Account of plague administration in the Bombay Presidency from September 1896 till May 1897
Year: 1896
Disease focus: Plague
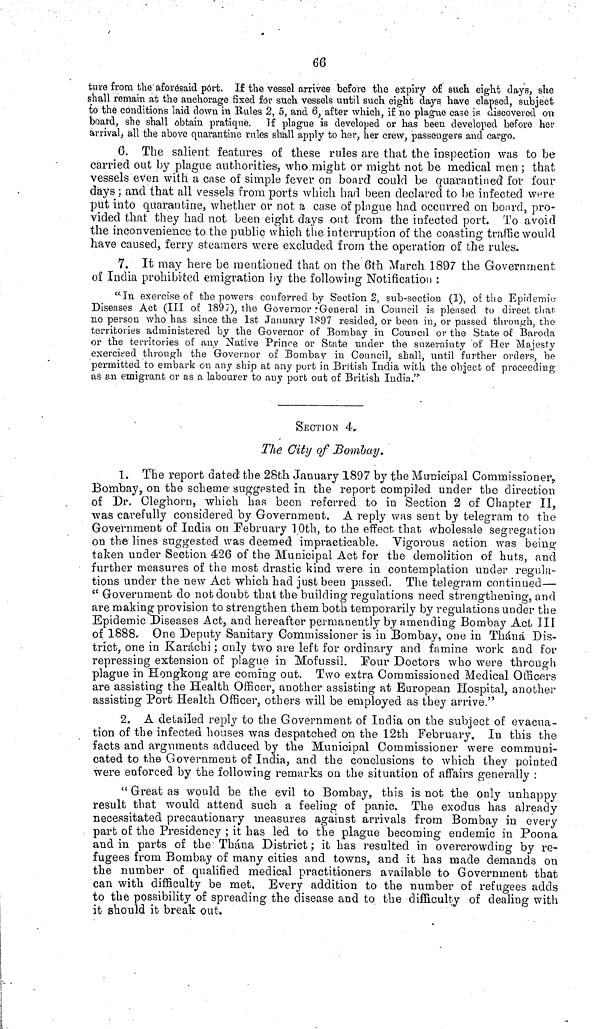
66
ture from the aforesaid pórt. If the vessel arrives before the expiry of such eight clays, she
shall remain at the anchorage fixed for such vessels until such eight days have elapsed, subject
to the conditions laid clown in Rules 2, 5, and 6, after which, if no plagile case is discovered on
board, she shall obtain pratique. If plague is developed or has been developed before her
arrival, all the above quarantine rules shall apply to her, her crew, passengers and cargo.
6. The salient features of these rules are that the inspection was to be
carried out by plague authorities, who might or might not be medical men ; that
vessels even with a case of simple fever on board could be quarantined for four
days ; and that all vessels from ports which had been declared to be infected were
put into quarantine, whether or not a case of pingue had occurred on board, pro-
vided that they had not been eight days out from the infected port. To avoid
the inconvenience to the public which the interruption of the coasting traffic would
have caused, ferry steamers were excluded from the operation of the rules.
7. It may here be mentioned that on the 6th March 1897 the Government
of India prohibited emigration by the following Notification :
"In exercise of the powers conferred by Section 2, sub-section (1), of the Epidemic
Diseases Act (III of 1897), the Governor : General in Council is pleased tu direct that
no person who has since the 1st January 1897 resided, or been in, or passed through, the
territories administered by the Governor of Bombay in Council or the State of Baroda.
or the territories of any Native Prince or State under the suzerainty of Her Majesty
exercised through the Governor of Bombay in Council, shall, until further orders, be
permitted to embark on any ship at any port in British India with the object of proceeding
as an emigrant or as a labourer to any port out of British India."
SECTION 4.
The City of Bombay.
1. The report dated the 28th January 1897 by the Municipal Commissioner,
Bombay, on the scheme suggested in the report compiled under the direction
of Dr. Cleghorn, which has been referred to in Section 2 of Chapter II,
was carefully considered by Government. A reply was sent by telegram to the
Government of India on [February 10th, to the effect that wholesale segregation
on the lines suggested was deemed impracticable. Vigorous action was being
taken under Section 426 of the Municipal Act for the demolition of huts, and
further measures of the most drastic kind were in contemplation under regula-
tions under the new Act which had just been passed. The telegram continued—
"Government do not doubt that the building regulations need strengthening, and
are making provision to strengthen them both temporarily by regulations under the
Epidemic Diseases Act, and hereafter permanently by amending Bombay Act III
of 1888. One Deputy Sanitary Commissioner is in Bombay, one in Tháná Dis-
trict, one in Karachi ; only two are left for ordinary and famine work and for
repressing extension of plague in Mofussil. Pour Doctors who were through
plague in Hongkong are coming out. Two extra Commissioned Medical Officers
are assisting the Health Officer, another assisting at European Hospital, another
assisting Port Health Officer, others will be employed as they arrive."
2. A detailed reply to the Government of India on the subject of evacua-
tion of the infected houses was despatched on the 12th February. In this the
facts and arguments adduced by the Municipal Commissioner were communi-
cated to the Government of India, and the conclusions to which they pointed
were enforced by the following remarks on the situation of affairs generally :
"Great as would be the evil to Bombay, this is not the only unhappy
result that would attend such a feeling of panic. The exodus has already
necessitated precautionary measures against arrivals from Bombay in every
part of the Presidency ; it has led to the plague becoming endemic in Poona
and in parts of the Thána District ; it has resulted in overcrowding by re-
fugees from Bombay of many cities and towns, and it has made demands on
the number of qualified medical practitioners available to Government that
can with difficulty be met. Every addition to the number of refugees adds
to the possibility of spreading the disease and to the difficulty of dealing with
it should it break out.